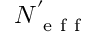
N _ { \mathrm { ~ e ~ f ~ f ~ } } ^ { ' }